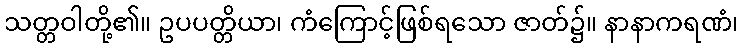
သတ္တဝါတို့၏။ ဥပပတ္တိယာ၊ ကံကြောင့်ဖြစ်ရသော ဇာတ်၌။ နာနာကရဏံ၊